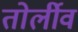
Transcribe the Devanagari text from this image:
तोर्लीव